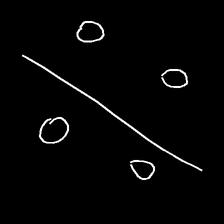
Glyph: cool